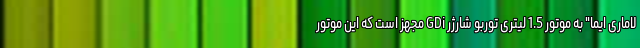
لاماری ایما" به موتور 1.5 لیتری توربو شارژر GDi مجهز است که این موتور